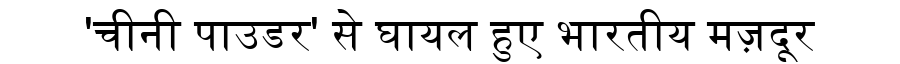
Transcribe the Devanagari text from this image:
'चीनी पाउडर' से घायल हुए भारतीय मज़दूर